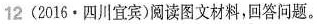
12(2016·四川宜宾)阅读图文材料，回答问题。